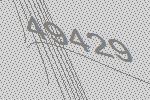
49429